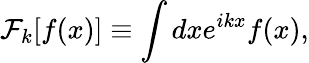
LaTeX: \mathcal{F}_{k}[f(x)]\equiv\int dxe^{ikx}f(x),